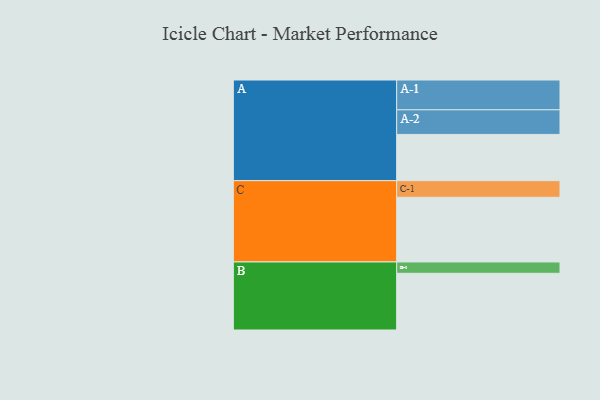
{"axis": {"x": "Segment", "y": "Value"}, "legend": ["", "A", "B", "C"], "data": [{"x": "A", "y": 428, "type": ""}, {"x": "B", "y": 525, "type": ""}, {"x": "C", "y": 599, "type": ""}, {"x": "A-1", "y": 276, "type": "A"}, {"x": "A-2", "y": 228, "type": "A"}, {"x": "B-1", "y": 105, "type": "B"}, {"x": "C-1", "y": 154, "type": "C"}]}